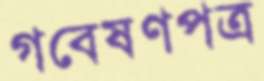
গবেষণপত্র